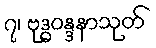
၇၊ ဗုဒ္ဓဝန္ဒနာသုတ်